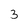
Character: 3